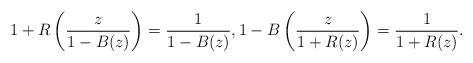
LaTeX: \begin{align*}1 + R\left( \frac{z}{1-B(z)}\right)=\frac{1}{1-B(z)}, 1- B\left( \frac{z}{1+R(z)}\right)=\frac{1}{1+R(z)}. \end{align*}